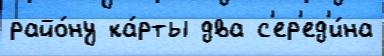
райо́ну ка́рты два с'ер'ед'и́на